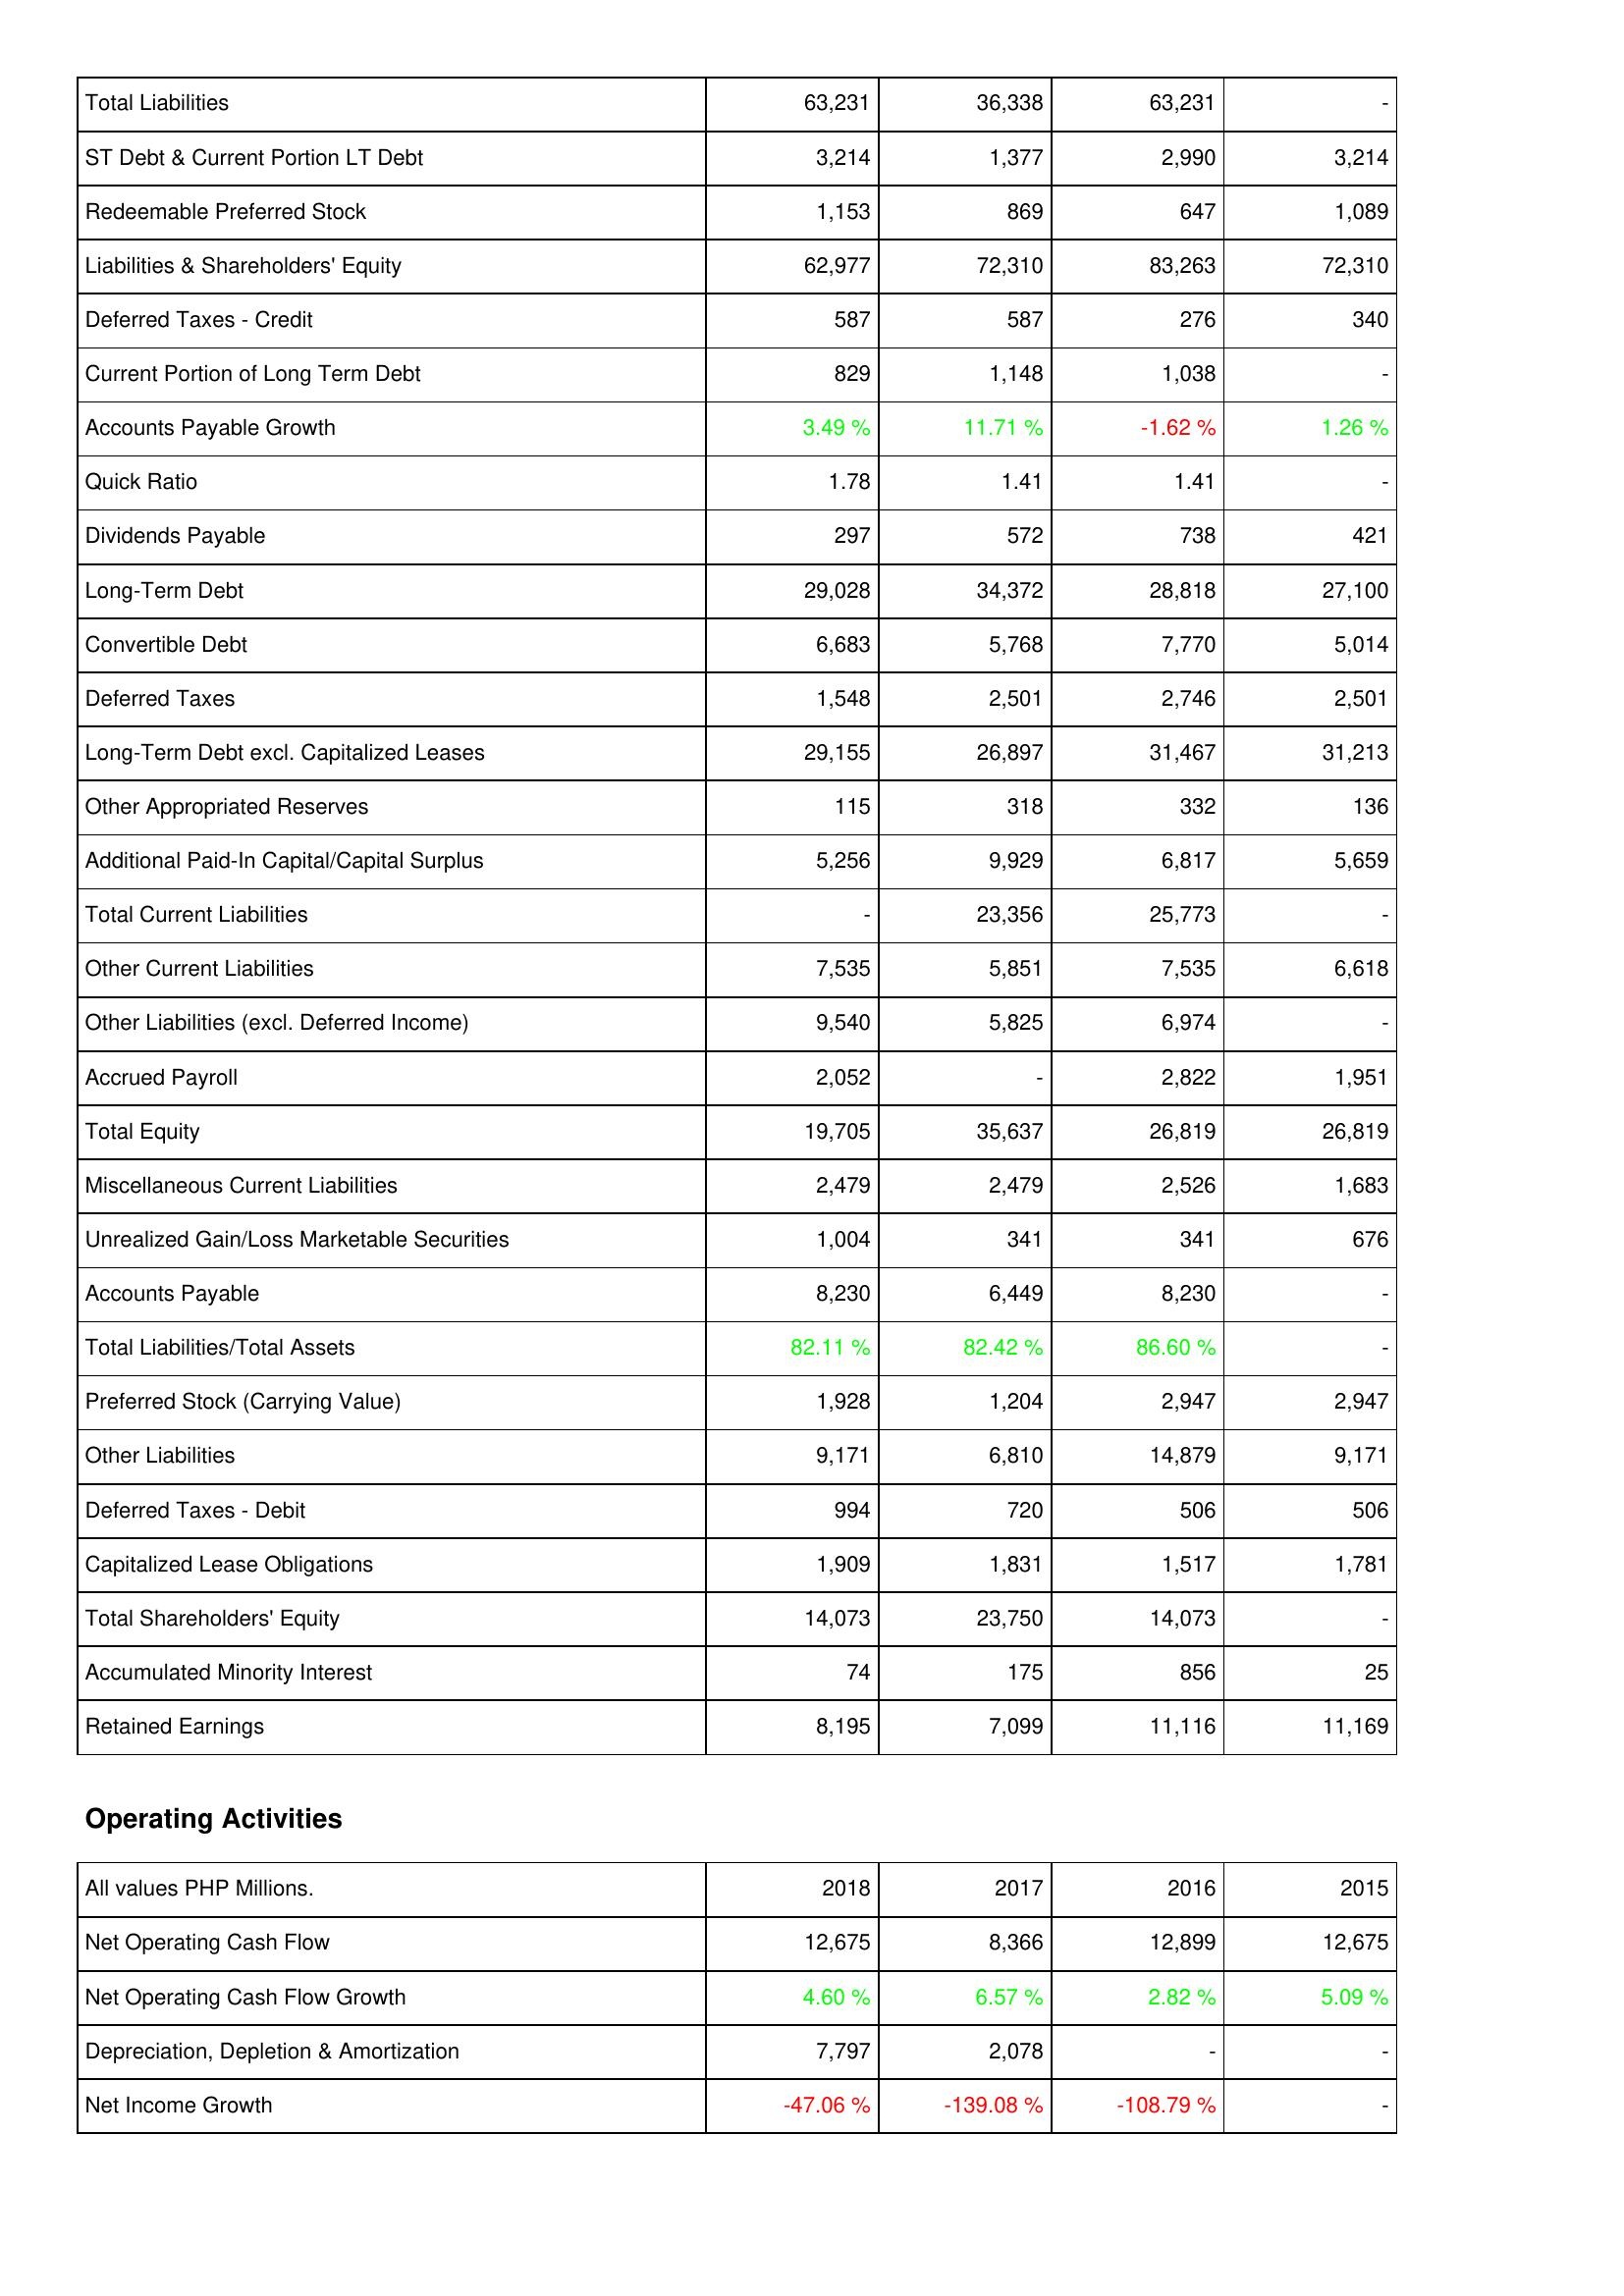
2018: Liabilities & Shareholders' Equity: Total Liabilities: 63,231
ST Debt & Current Portion LT Debt: 3,214
Redeemable Preferred Stock: 1,153
Liabilities & Shareholders' Equity: 62,977
Deferred Taxes - Credit: 587
Current Portion of Long Term Debt: 829
Accounts Payable Growth: 3.49 %
Quick Ratio: 1.78
Dividends Payable: 297
Long-Term Debt: 29,028
Convertible Debt: 6,683
Deferred Taxes: 1,548
Long-Term Debt excl. Capitalized Leases: 29,155
Other Appropriated Reserves: 115
Additional Paid-In Capital/Capital Surplus: 5,256
Total Current Liabilities: -
Other Current Liabilities: 7,535
Other Liabilities (excl. Deferred Income): 9,540
Accrued Payroll: 2,052
Total Equity: 19,705
Miscellaneous Current Liabilities: 2,479
Unrealized Gain/Loss Marketable Securities: 1,004
Accounts Payable: 8,230
Total Liabilities/Total Assets: 82.11 %
Preferred Stock (Carrying Value): 1,928
Other Liabilities: 9,171
Deferred Taxes - Debit: 994
Capitalized Lease Obligations: 1,909
Total Shareholders' Equity: 14,073
Accumulated Minority Interest: 74
Retained Earnings: 8,195
Operating Activities: Net Operating Cash Flow: 12,675
Net Operating Cash Flow Growth: 4.60 %
Depreciation, Depletion & Amortization: 7,797
Net Income Growth: -47.06 %
2017: Liabilities & Shareholders' Equity: Total Liabilities: 36,338
ST Debt & Current Portion LT Debt: 1,377
Redeemable Preferred Stock: 869
Liabilities & Shareholders' Equity: 72,310
Deferred Taxes - Credit: 587
Current Portion of Long Term Debt: 1,148
Accounts Payable Growth: 11.71 %
Quick Ratio: 1.41
Dividends Payable: 572
Long-Term Debt: 34,372
Convertible Debt: 5,768
Deferred Taxes: 2,501
Long-Term Debt excl. Capitalized Leases: 26,897
Other Appropriated Reserves: 318
Additional Paid-In Capital/Capital Surplus: 9,929
Total Current Liabilities: 23,356
Other Current Liabilities: 5,851
Other Liabilities (excl. Deferred Income): 5,825
Accrued Payroll: -
Total Equity: 35,637
Miscellaneous Current Liabilities: 2,479
Unrealized Gain/Loss Marketable Securities: 341
Accounts Payable: 6,449
Total Liabilities/Total Assets: 82.42 %
Preferred Stock (Carrying Value): 1,204
Other Liabilities: 6,810
Deferred Taxes - Debit: 720
Capitalized Lease Obligations: 1,831
Total Shareholders' Equity: 23,750
Accumulated Minority Interest: 175
Retained Earnings: 7,099
Operating Activities: Net Operating Cash Flow: 8,366
Net Operating Cash Flow Growth: 6.57 %
Depreciation, Depletion & Amortization: 2,078
Net Income Growth: -139.08 %
2016: Liabilities & Shareholders' Equity: Total Liabilities: 63,231
ST Debt & Current Portion LT Debt: 2,990
Redeemable Preferred Stock: 647
Liabilities & Shareholders' Equity: 83,263
Deferred Taxes - Credit: 276
Current Portion of Long Term Debt: 1,038
Accounts Payable Growth: -1.62 %
Quick Ratio: 1.41
Dividends Payable: 738
Long-Term Debt: 28,818
Convertible Debt: 7,770
Deferred Taxes: 2,746
Long-Term Debt excl. Capitalized Leases: 31,467
Other Appropriated Reserves: 332
Additional Paid-In Capital/Capital Surplus: 6,817
Total Current Liabilities: 25,773
Other Current Liabilities: 7,535
Other Liabilities (excl. Deferred Income): 6,974
Accrued Payroll: 2,822
Total Equity: 26,819
Miscellaneous Current Liabilities: 2,526
Unrealized Gain/Loss Marketable Securities: 341
Accounts Payable: 8,230
Total Liabilities/Total Assets: 86.60 %
Preferred Stock (Carrying Value): 2,947
Other Liabilities: 14,879
Deferred Taxes - Debit: 506
Capitalized Lease Obligations: 1,517
Total Shareholders' Equity: 14,073
Accumulated Minority Interest: 856
Retained Earnings: 11,116
Operating Activities: Net Operating Cash Flow: 12,899
Net Operating Cash Flow Growth: 2.82 %
Depreciation, Depletion & Amortization: -
Net Income Growth: -108.79 %
2015: Liabilities & Shareholders' Equity: Total Liabilities: -
ST Debt & Current Portion LT Debt: 3,214
Redeemable Preferred Stock: 1,089
Liabilities & Shareholders' Equity: 72,310
Deferred Taxes - Credit: 340
Current Portion of Long Term Debt: -
Accounts Payable Growth: 1.26 %
Quick Ratio: -
Dividends Payable: 421
Long-Term Debt: 27,100
Convertible Debt: 5,014
Deferred Taxes: 2,501
Long-Term Debt excl. Capitalized Leases: 31,213
Other Appropriated Reserves: 136
Additional Paid-In Capital/Capital Surplus: 5,659
Total Current Liabilities: -
Other Current Liabilities: 6,618
Other Liabilities (excl. Deferred Income): -
Accrued Payroll: 1,951
Total Equity: 26,819
Miscellaneous Current Liabilities: 1,683
Unrealized Gain/Loss Marketable Securities: 676
Accounts Payable: -
Total Liabilities/Total Assets: -
Preferred Stock (Carrying Value): 2,947
Other Liabilities: 9,171
Deferred Taxes - Debit: 506
Capitalized Lease Obligations: 1,781
Total Shareholders' Equity: -
Accumulated Minority Interest: 25
Retained Earnings: 11,169
Operating Activities: Net Operating Cash Flow: 12,675
Net Operating Cash Flow Growth: 5.09 %
Depreciation, Depletion & Amortization: -
Net Income Growth: -